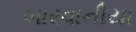
બારવાનીયા